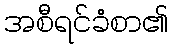
အစီရင်ခံစာ၏